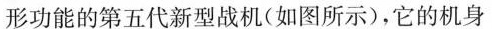
形功能的第五代新型战机(如图所示)，它的机身材料